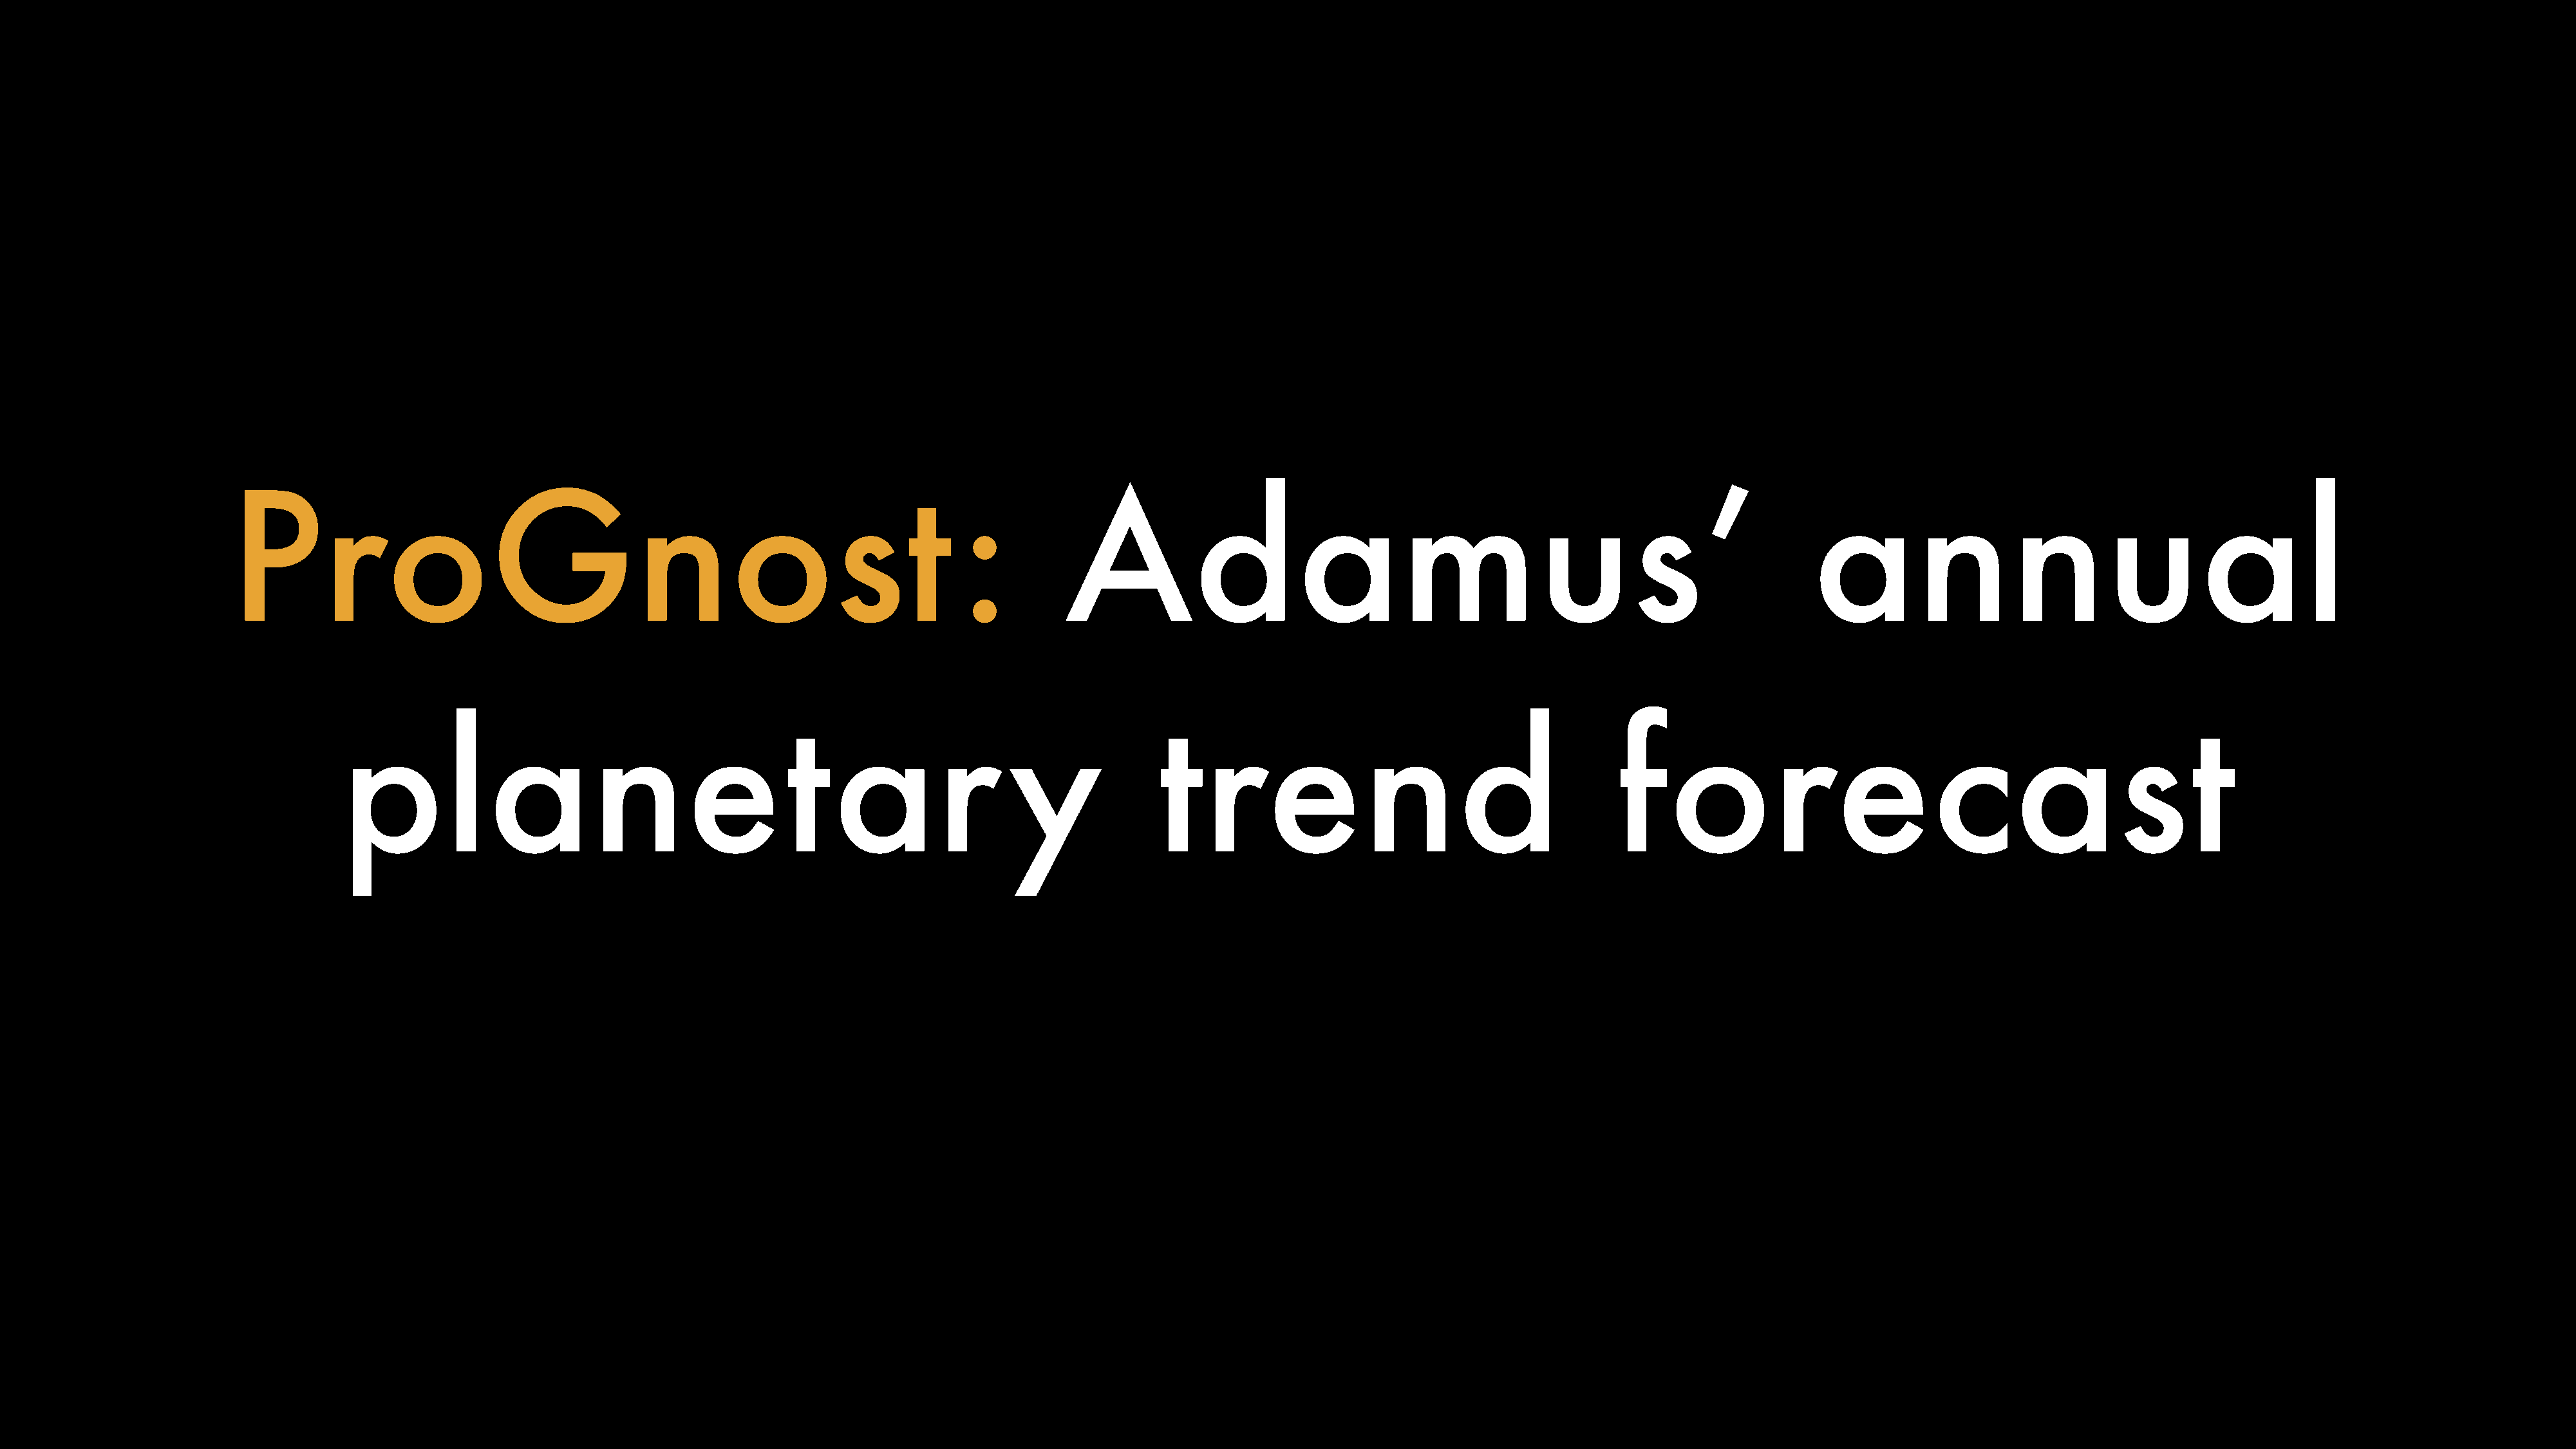
ProGnost                                                                  :          Adamus’                                                                      annual
 planetar                                                             y              trend                                          forecast